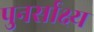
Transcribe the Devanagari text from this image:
पुनर्साक्ष्य